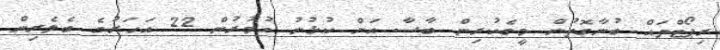
ރިޕޯޓްތައް ބުނާގޮތުން މީގެކުރިން ބާސާ އަށް ކުޅުނު އުމުރުން 22 އަހަރުގެ ބެލެރިން